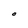
Character: O